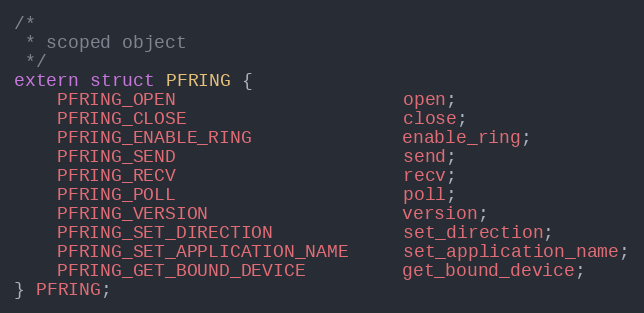
Language: C
/*
 * scoped object
 */
extern struct PFRING {
    PFRING_OPEN                     open;
    PFRING_CLOSE                    close;
    PFRING_ENABLE_RING              enable_ring;
    PFRING_SEND                     send;
    PFRING_RECV                     recv;
    PFRING_POLL                     poll;
    PFRING_VERSION                  version;
    PFRING_SET_DIRECTION            set_direction;
    PFRING_SET_APPLICATION_NAME     set_application_name;
    PFRING_GET_BOUND_DEVICE         get_bound_device;
} PFRING;